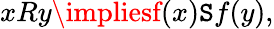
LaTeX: xRy\impliesf(x)\mathtt{S}f(y),